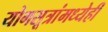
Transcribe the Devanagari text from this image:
योगसूत्रांमध्येही